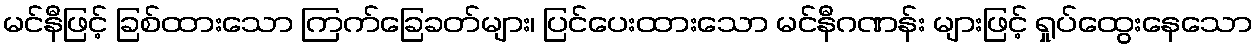
မင်နီဖြင့် ခြစ်ထားသော ကြက်ခြေခတ်များ၊ ပြင်ပေးထားသော မင်နီဂဏန်း များဖြင့် ရှုပ်ထွေးနေသော